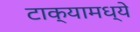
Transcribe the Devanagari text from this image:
टाक्यामध्ये